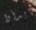
بدأوا